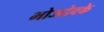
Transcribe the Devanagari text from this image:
भोजदेवके